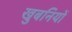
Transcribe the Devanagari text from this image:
खुबनियों